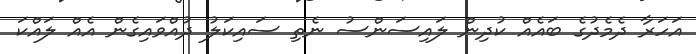
އަހަރާ ދެމެދުގެ ބައެއް ކުދިން ލައިސަންސު ނެތި ސައިކަލު ދުއްވައިގެން އެއް ލައްކަ